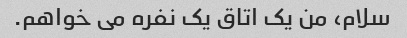
سلام، من یک اتاق یک نفره می خواهم.